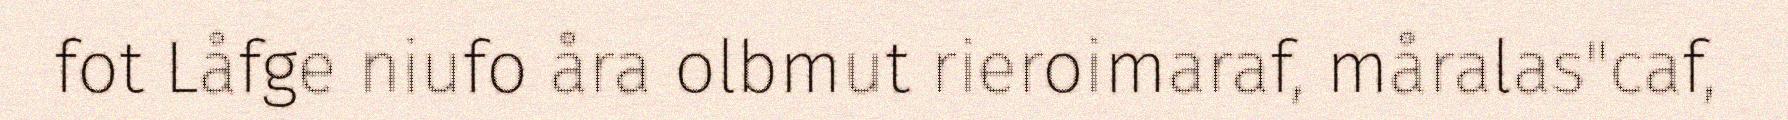
fot Låfge niufo åra olbmut rieroimaraf, måralas"caf,